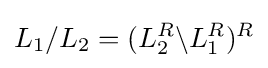
L_{1}/L_{2}=(L_{2}^{R}\backslash L_{1}^{R})^{R}